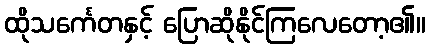
ထိုသင်္ကေတနှင့် ပြောဆိုနိုင်ကြလေတော့၏။